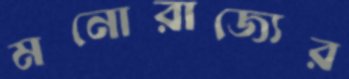
মনোরাজ্যের